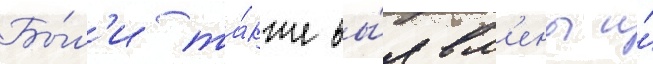
Бы́л'и та́кже вы́явл'ены и́